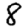
Digit: 8